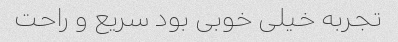
تجربه خیلی خوبی بود سریع و راحت